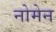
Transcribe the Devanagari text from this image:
नोमेन